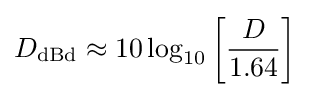
D_{\text{dBd}}\approx 10\log _{10}\left[{\frac {D}{1.64}}\right]